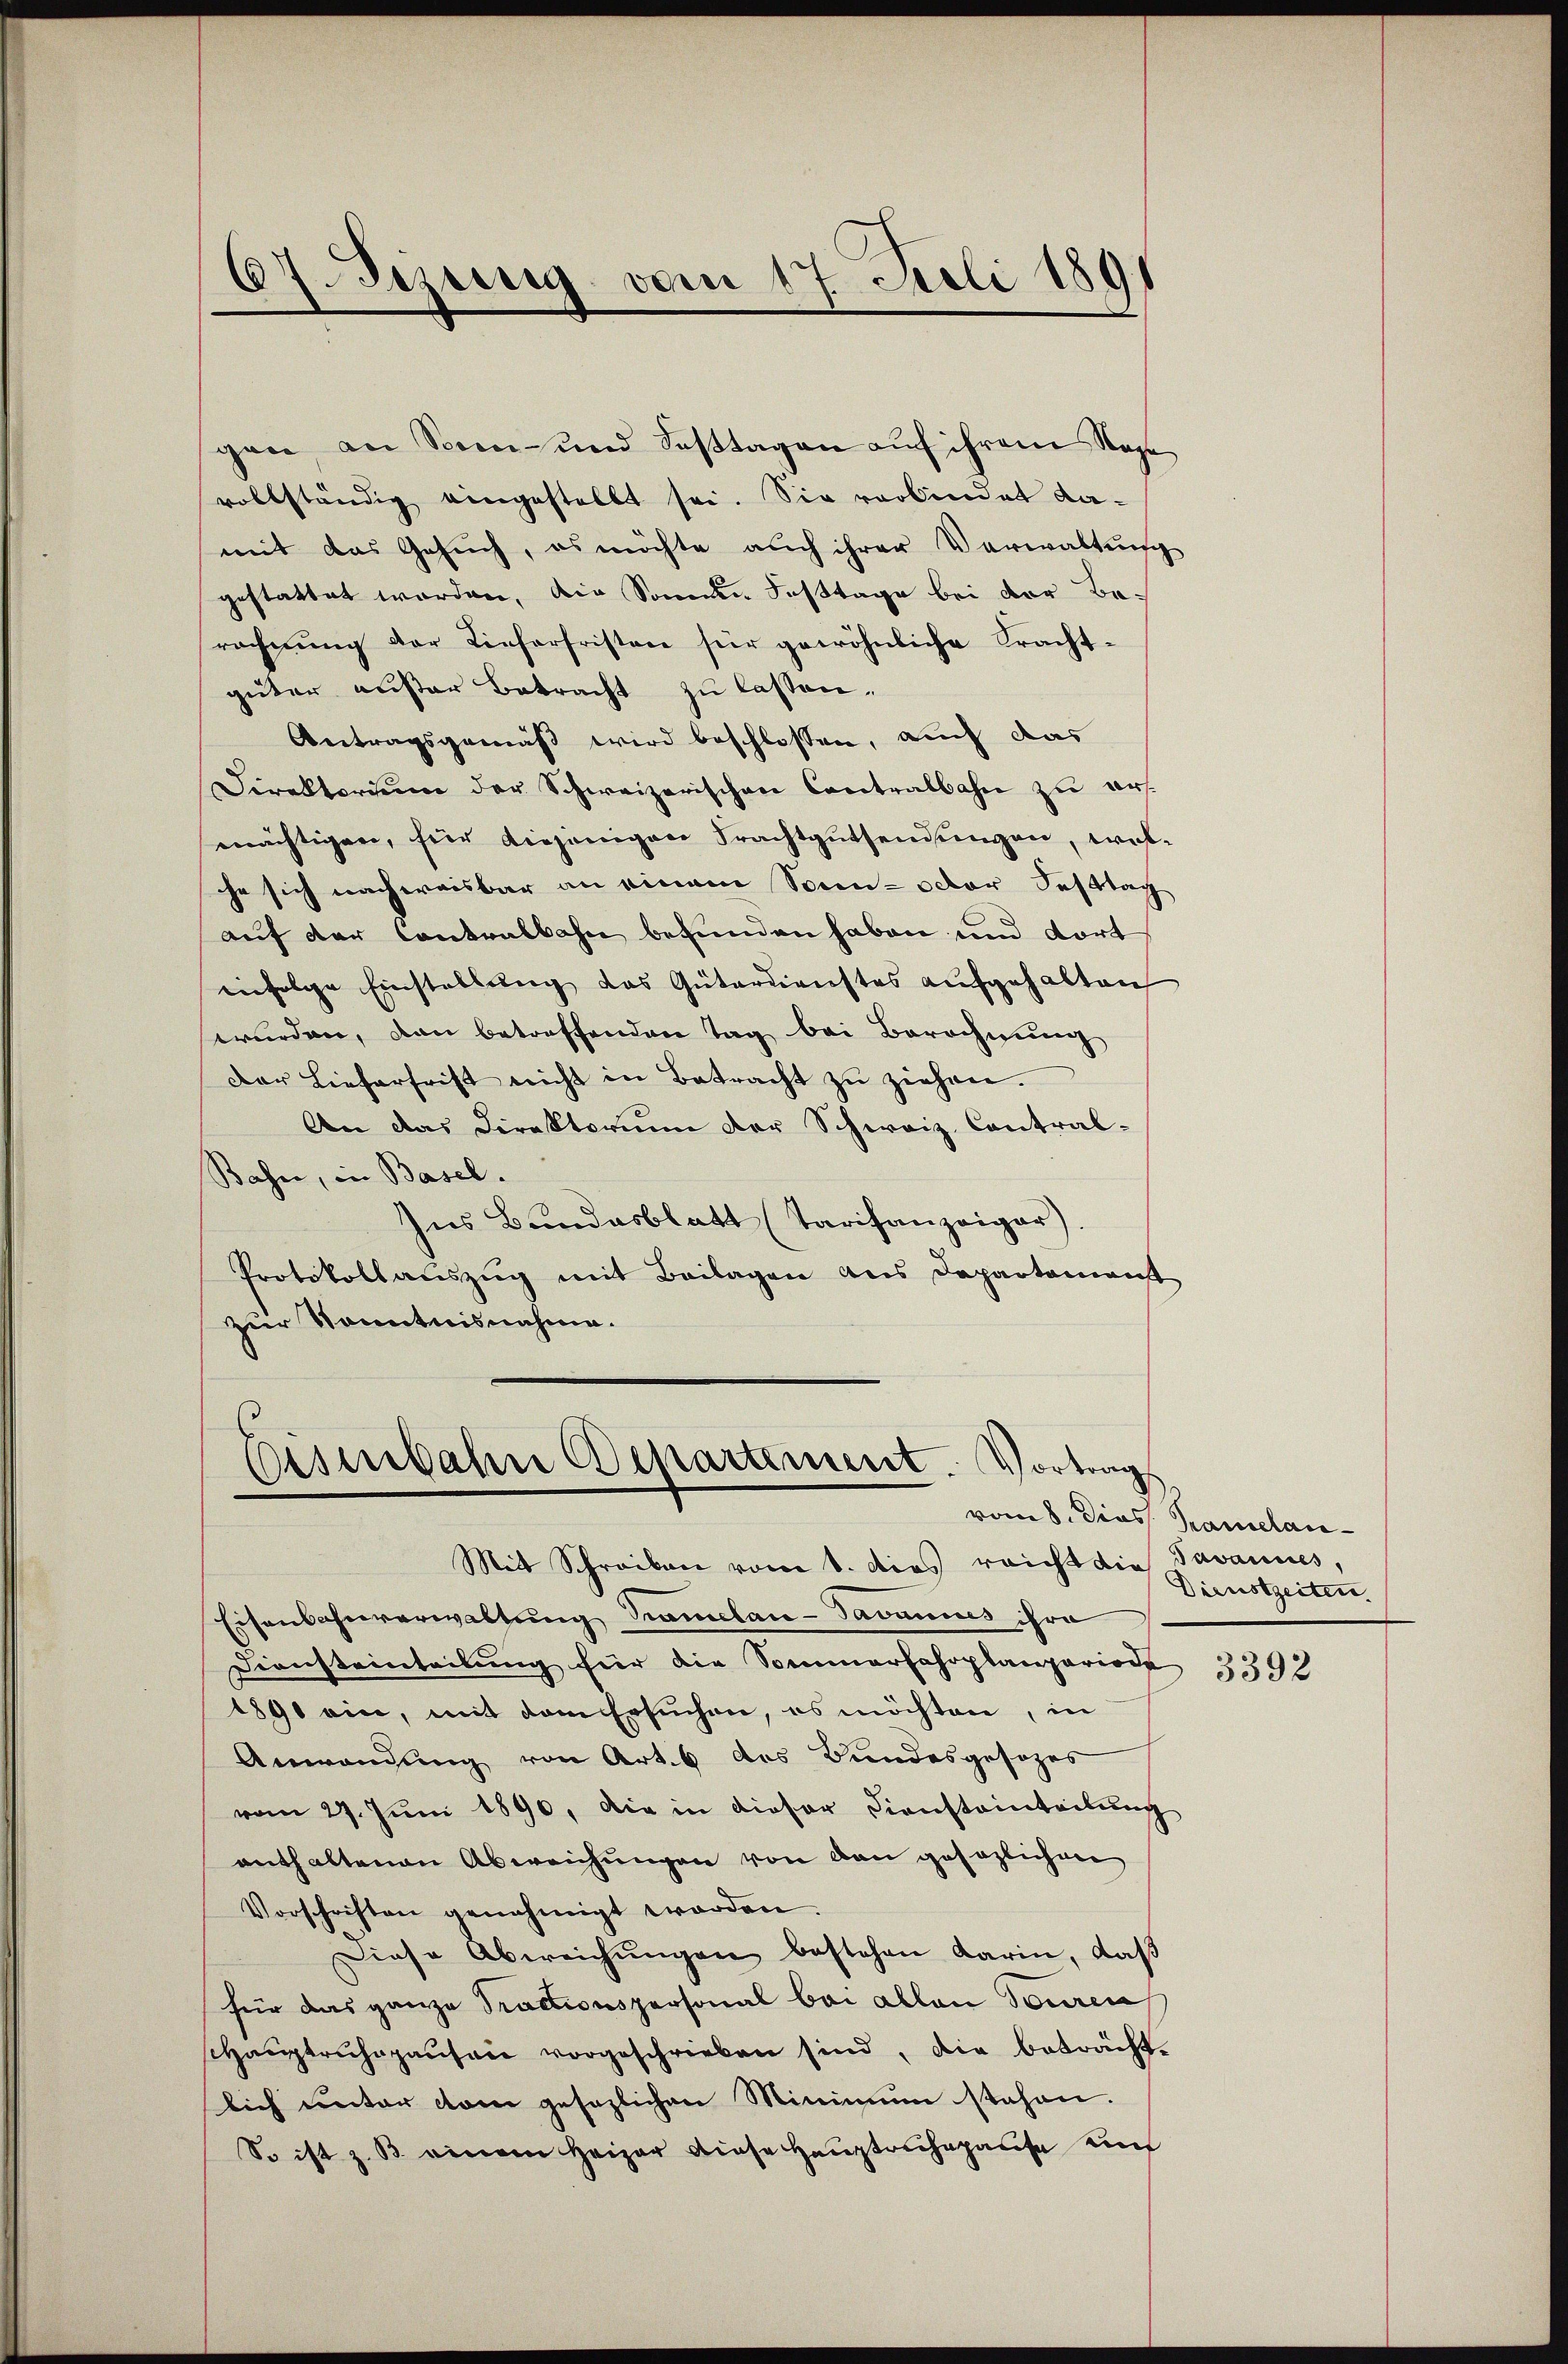
gane an Sonn- und Saβtagen aŭf ihrem Nage
vollständig eingestellt sei. Sie vorbindet damit das Gesuch, es möchte auch ihrer Verwaltung
gestattet worden, die Sonnen Fasttage bei der Berechnŭng der Lieferfristen für gewöhnliche Tracht-
güter außer Betracht zu lassen.
Antragsgemäß wird beschlossen, auch das
Direktorium der Schweizerischen Contralbahn zu ermächtigen, für diejenigen Trachtgutsendungen, welche sich nachweisbar an einem Sonn- octor Festtag
auf der Contralbahn befunden haben und dort
infolge Einstellung das Güterdienstes aufgehalten
wurden, den betreffenden Tag bei Berechnung
Der Lieferfrist nicht in Betracht zu ziehen.
An das Direktorium der Schweiz. Contral-
Bahn, in Basel.
Ins Bundesblatt (Tarifanzeiger).
Protokollauszug mit Beilagen aus Departement
zur Kenntnisnahme.

67. Jezing vom 17. Juli 1891

Eisenbahn Departement. Vortrag

Mit Schreiben vom 1. dies reicht die Savannes,
Eisenbahnverwaltung Tramelan-Javannes ihre
Diensteinteilung für die Sommerfahrplanperiode
1890 ein, mit dem Ersuchen, es möchten, in
Anwendung von Art. 6 des Bundesgesezes
vom 27. Juni 1890, die in dieser Diensteinteilung
enthaltenen Abweichungen von den gesezlichen
Vorschriften genehmigt worden
Diese Abweichŭngen bestehen darin, daß
für das ganze Tractionspersonal bei allen Touren
Haŭptruhepausen vorgeschrieben sind, die beträchtlich unter vom gesezlichen Minimum stehen.
So ist z. B. einem Heizer diese Hauptrechepause und

vom 8. Dios Pamelan¬
Dienstzeiten.

3392